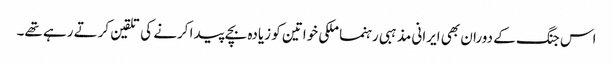
اس جنگ کے دوران بھی ایرانی مذہبی رہنما ملکی خواتین کو زیادہ بچے پیدا کرنے کی تلقین کرتے رہے تھے۔